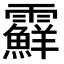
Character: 𩆵